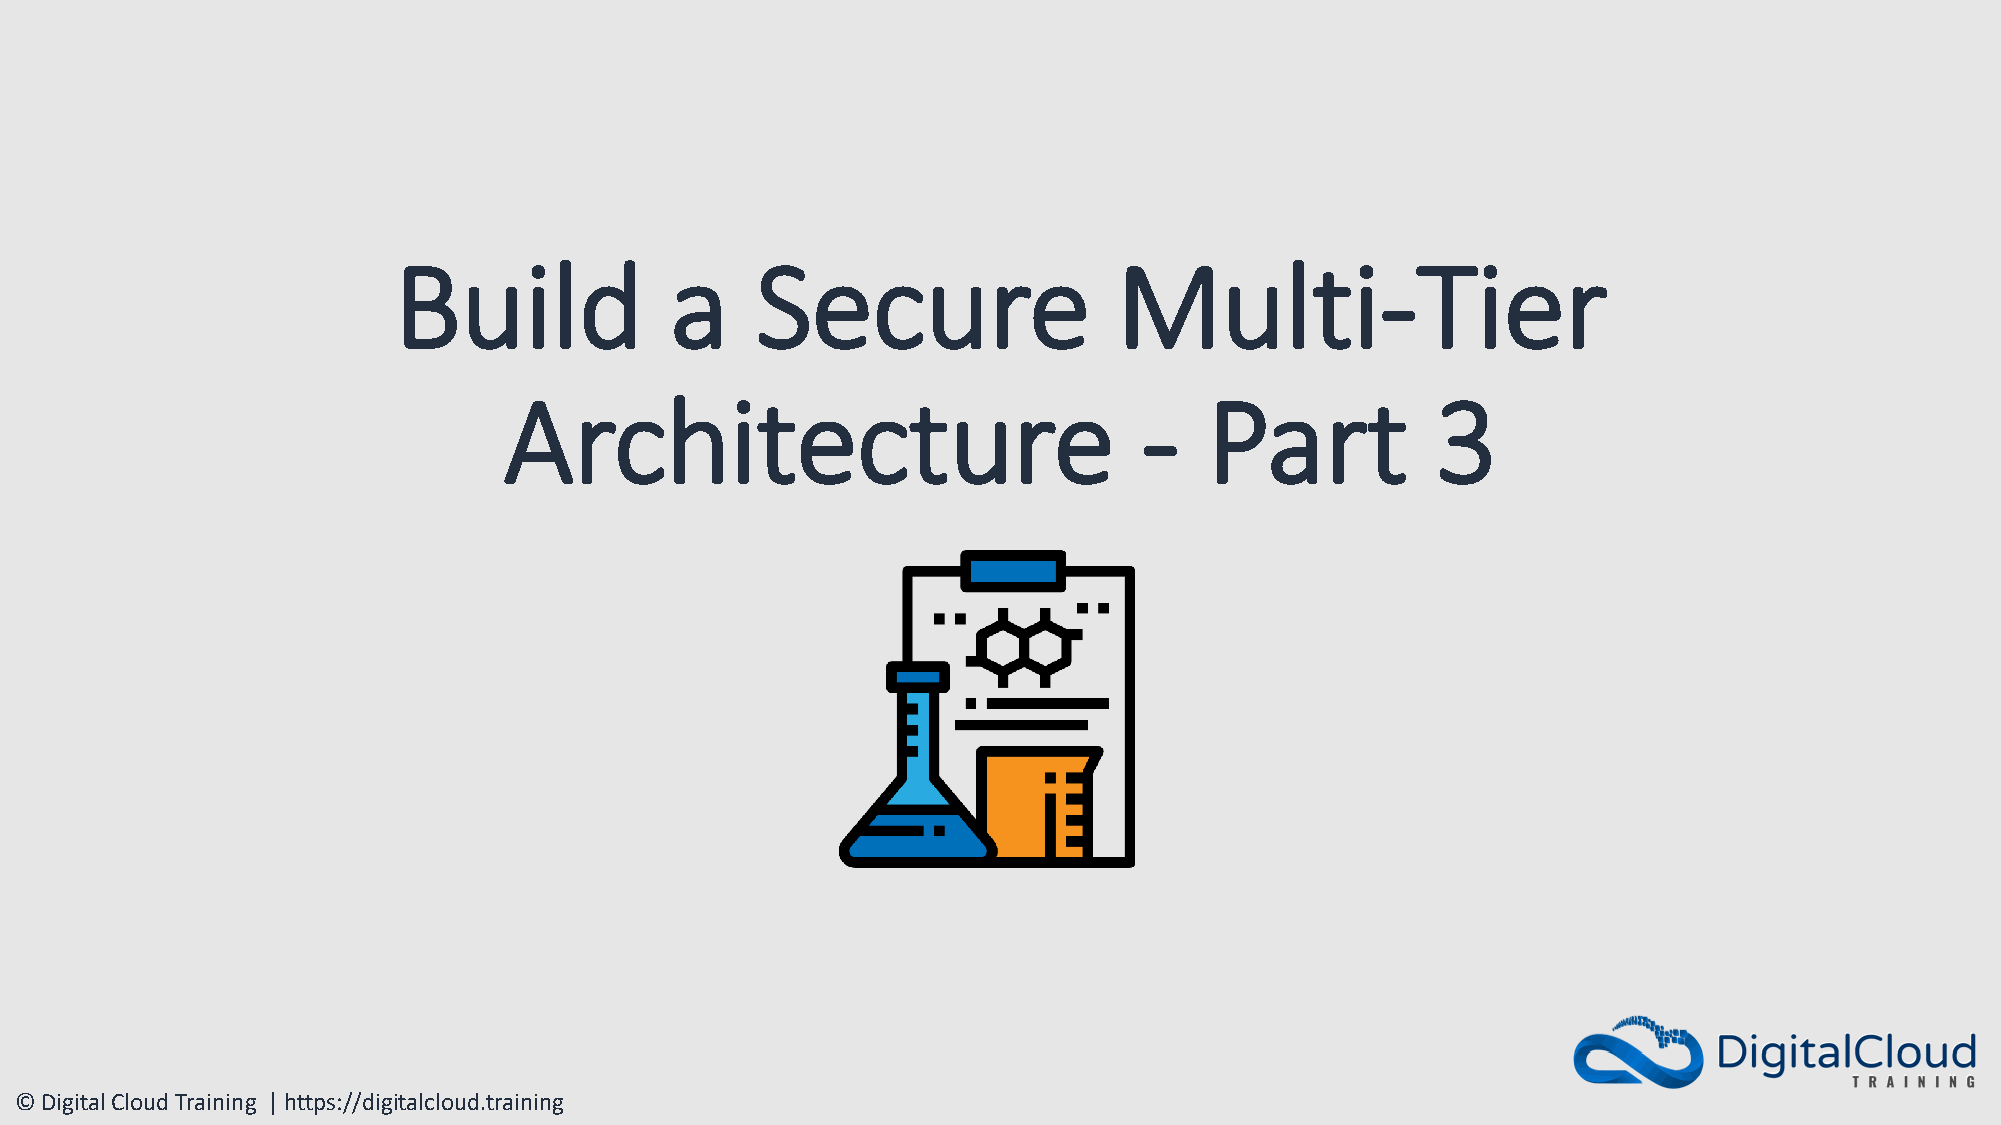
Build             a     Secure                  Multi-Tier
 Architecture                               -   Part           3
 © Digital Cloud Training | https://digitalcloud.training